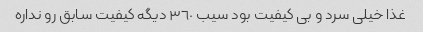
غذا خیلى سرد و بى کیفیت بود سیب ٣٦٠ دیگه کیفیت سابق رو نداره